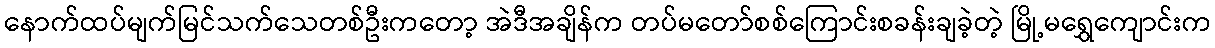
နောက်ထပ်မျက်မြင်သက်သေတစ်ဦးကတော့ အဲဒီအချိန်က တပ်မတော်စစ်ကြောင်းစခန်းချခဲ့တဲ့ မြို့မရွှေကျောင်းက